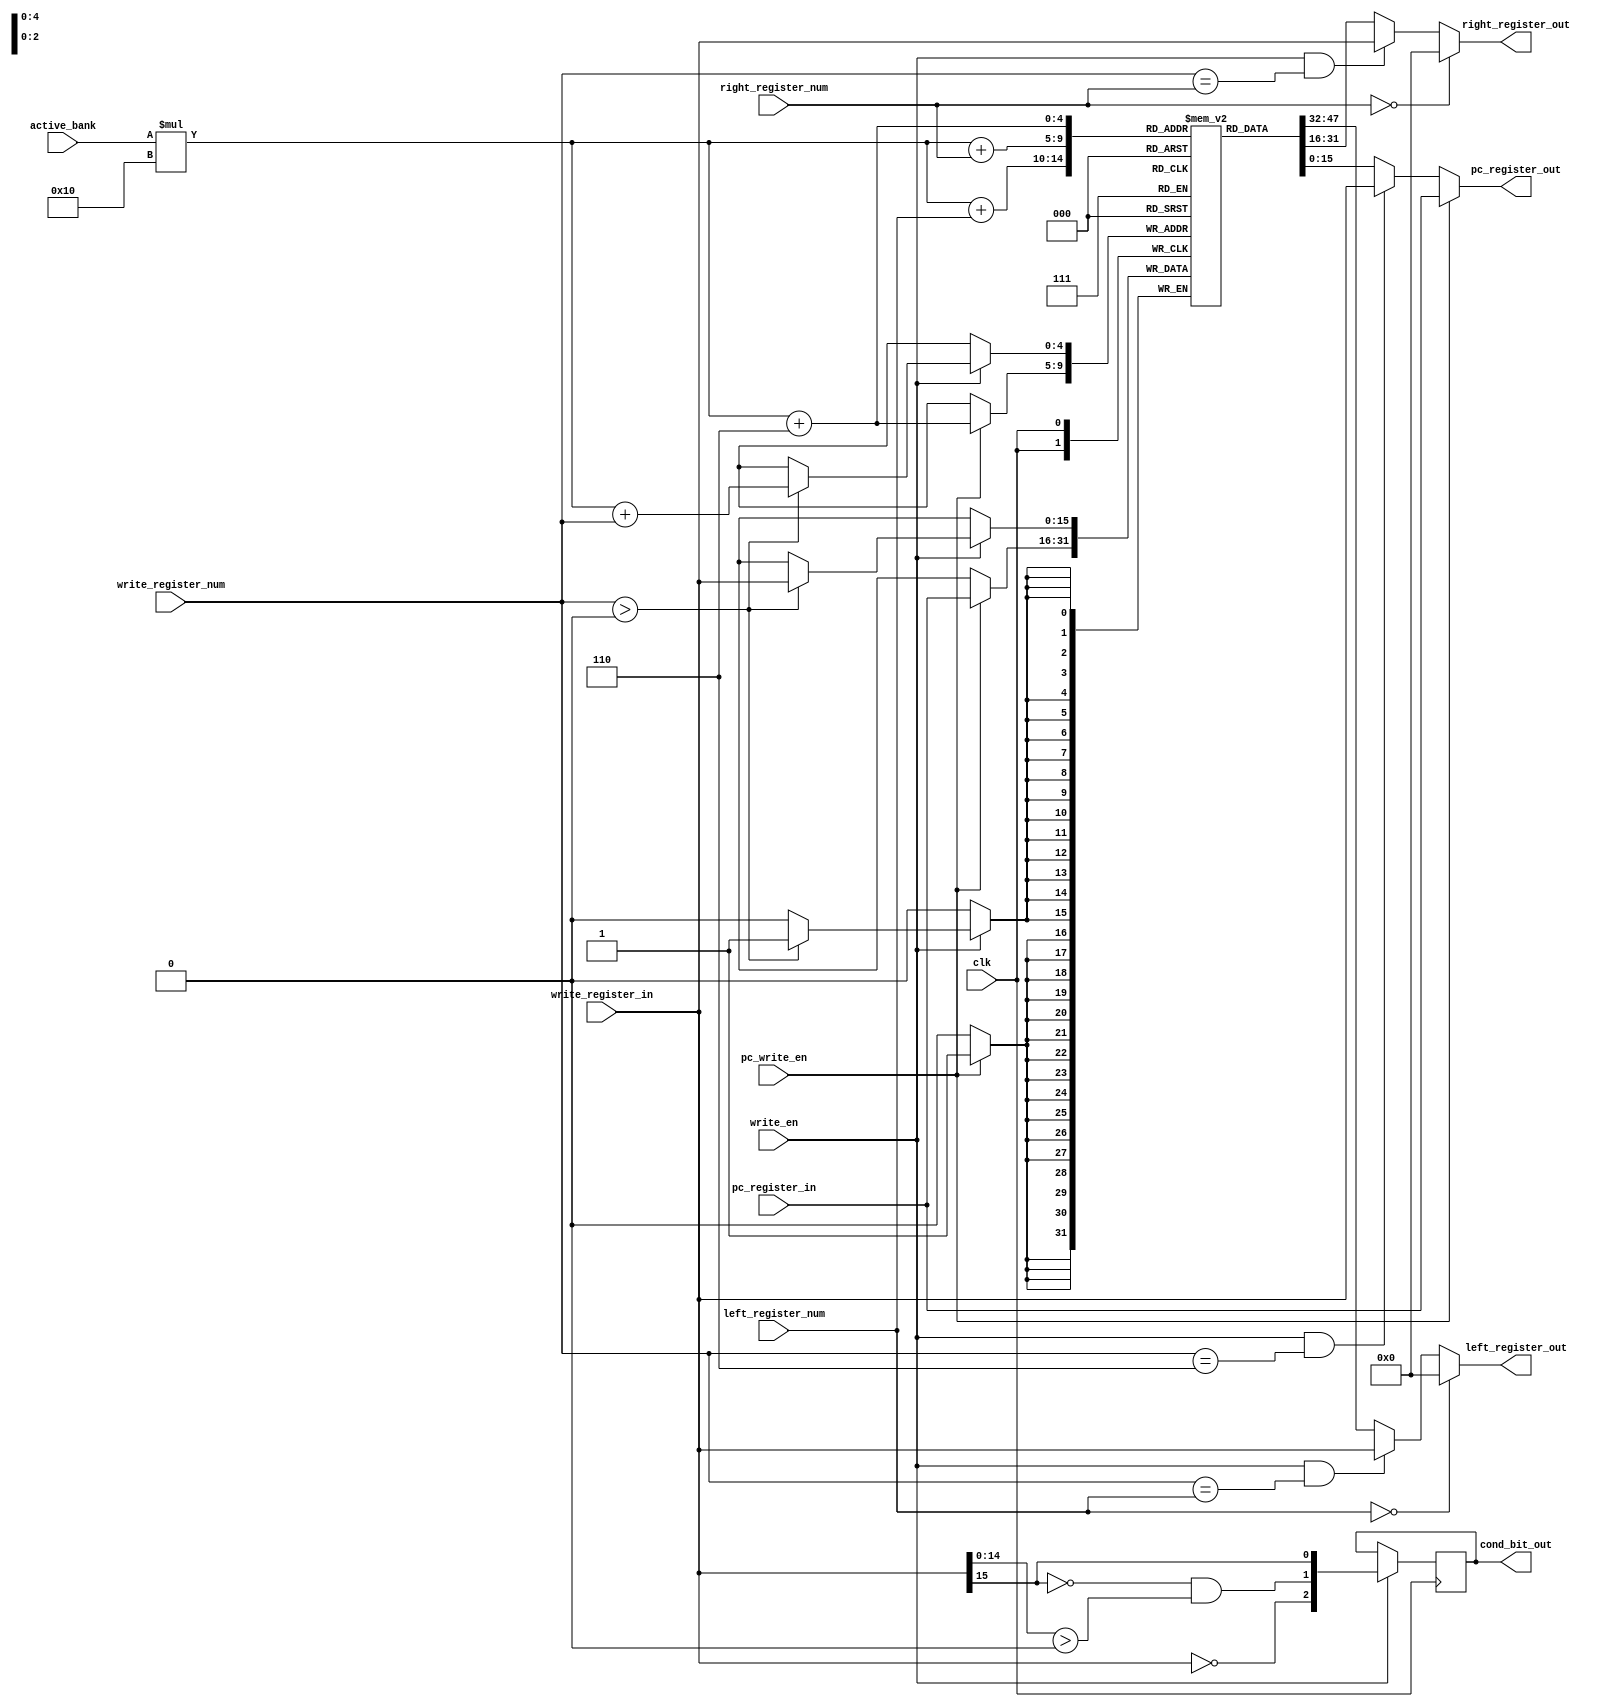
`timescale 1ns/1ps
module register_file(
	clk,
	left_register_num,
	left_register_out,
	right_register_num,
	right_register_out,
	pc_register_out,
	cond_bit_out,
	write_register_num,
	write_register_in,
	write_en,
	active_bank,
	pc_register_in,
	pc_write_en,
);

input clk;
input [2:0] left_register_num;
input [2:0] right_register_num;
input [2:0] write_register_num;
input [15:0] write_register_in;
input [15:0] pc_register_in;
input write_en;
input pc_write_en;
input active_bank;
output reg [15:0] left_register_out = 0;
output reg [15:0] right_register_out = 0;
output reg [2:0] cond_bit_out = 0;
output reg [15:0] pc_register_out = 0;

reg [15:0] reg_data[0:1][0:15];
reg [2:0] cond_bits;

reg [4:0] i, j;

initial
begin
	for (i = 0; i < 2; i = i + 1)
	begin
		for (j = 0; j < 16; j = j + 1)
		begin
			reg_data[i][j] = 0;
		end
	end
end

always @(*)
begin
	if (left_register_num == 0)
		left_register_out <= 0;
	else
		left_register_out <= 
			(write_en && write_register_num == left_register_num) ? 
			write_register_in : 
			reg_data[active_bank][left_register_num];
		
	if (right_register_num == 0)
		right_register_out <= 0;
	else
		right_register_out <= 
			(write_en && write_register_num == right_register_num) ?
			write_register_in :
			reg_data[active_bank][right_register_num];
		
	cond_bit_out <= cond_bits;
	pc_register_out <= pc_write_en ? pc_register_in : 
		(write_en && write_register_num == 6 ? write_register_in : reg_data[active_bank][6]);
end

always @(posedge clk)
begin
	if (write_en)
	begin
		if (write_register_num > 0)
		begin
			reg_data[active_bank][write_register_num] <= write_register_in;
		end
		
		cond_bits <= {
			write_register_in == 0, 
			~write_register_in[15] && write_register_in[14:0] > 0, 
			write_register_in[15]};
	end
	
	if (pc_write_en)
	begin
		reg_data[active_bank][6] <= pc_register_in;
	end
end

endmodule